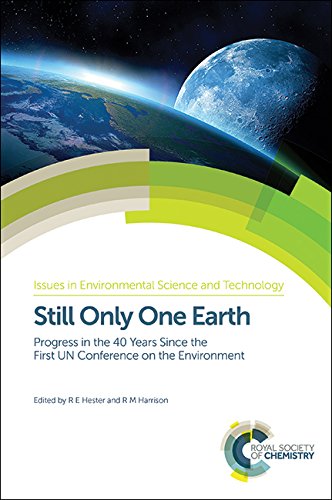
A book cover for Still Only One Earth: Progress in the 40 Years Since the First UN Conference on the Environment (Issues in Environmental Science and Technology); Engineering & Transportation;